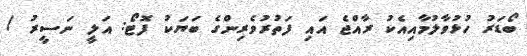
ބޯޑަރު ހުޅުވާލުމާއިއެކު ރާއްޖެ އައި ފަތުރުވެރިންގެ ބަޔަކު ފޮޓޯ: އަލީ ނަސީރު /